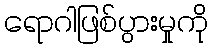
ရောဂါဖြစ်ပွားမှုကို